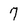
Character: 7